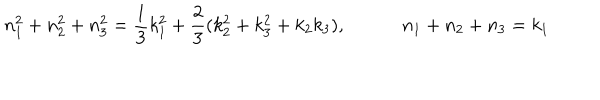
n _ { 1 } ^ { 2 } + n _ { 2 } ^ { 2 } + n _ { 3 } ^ { 2 } = { \frac { 1 } { 3 } } k _ { 1 } ^ { 2 } + { \frac { 2 } { 3 } } ( k _ { 2 } ^ { 2 } + k _ { 3 } ^ { 2 } + k _ { 2 } k _ { 3 } ) , \qquad \quad n _ { 1 } + n _ { 2 } + n _ { 3 } = k _ { 1 }